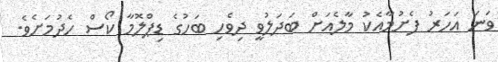
ވަަނަ އަހަރު ފެށުމާއެކު މާލެއަށް ބަދަލުވީ ދިވެހި ބަހުގެ ޑިޕްލޮމާ ކޯސް ހެދުމަށެވެ.